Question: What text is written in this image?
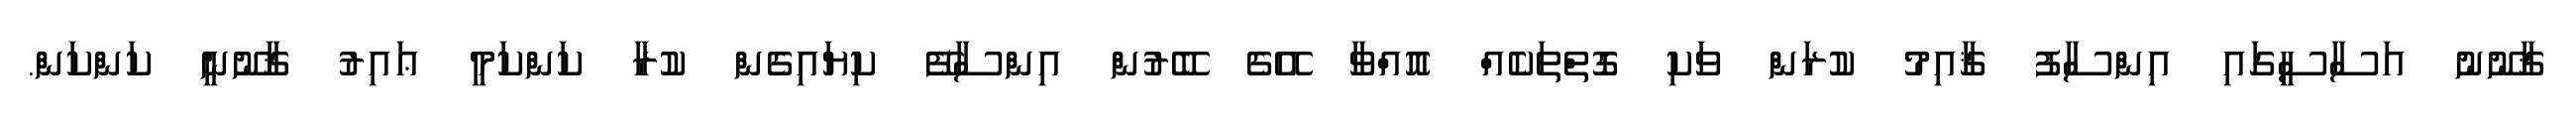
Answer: ޤާނޫނު އަސާސީގައި އިންސާފު ޤާއިމު ކުރަން ވަކި ގޮތްތަކެއް އޮއްވާ އޭގެ ބޭރުން އިންސާފޭ ކިޔައިގެން ކުރާ ކަންކަމީ ޢައިރު ޤާނޫނީ ކަންކަން.